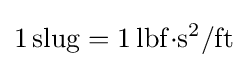
\mathrm {1\,slug} =\mathrm {1\,lbf{\cdot }s^{2}/ft}